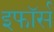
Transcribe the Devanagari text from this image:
इफॉर्स